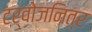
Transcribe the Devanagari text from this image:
टर्वोजनित्र